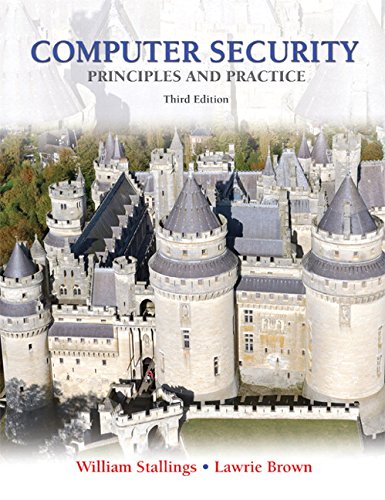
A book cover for Computer Security: Principles and Practice (3rd Edition); William Stallings; Computers & Technology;